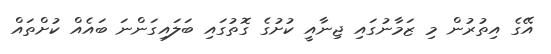
އޭގެ އިތުރުން މި ޒަމާނުގައި ޖިނާއީ ކުށުގެ ގޮތުގައި ބަލައިގަންނަ ބައެއް ކުށްތައް